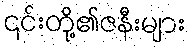
၎င်းတို့၏ဇနီးများ